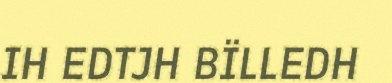
IH EDTJH BÏLLEDH